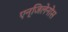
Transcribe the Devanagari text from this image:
एन्जिलेनोस